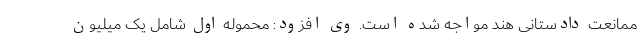
ممانعت دادستانی هند مواجه شده است. وی افزود: محموله اول شامل یک میلیون